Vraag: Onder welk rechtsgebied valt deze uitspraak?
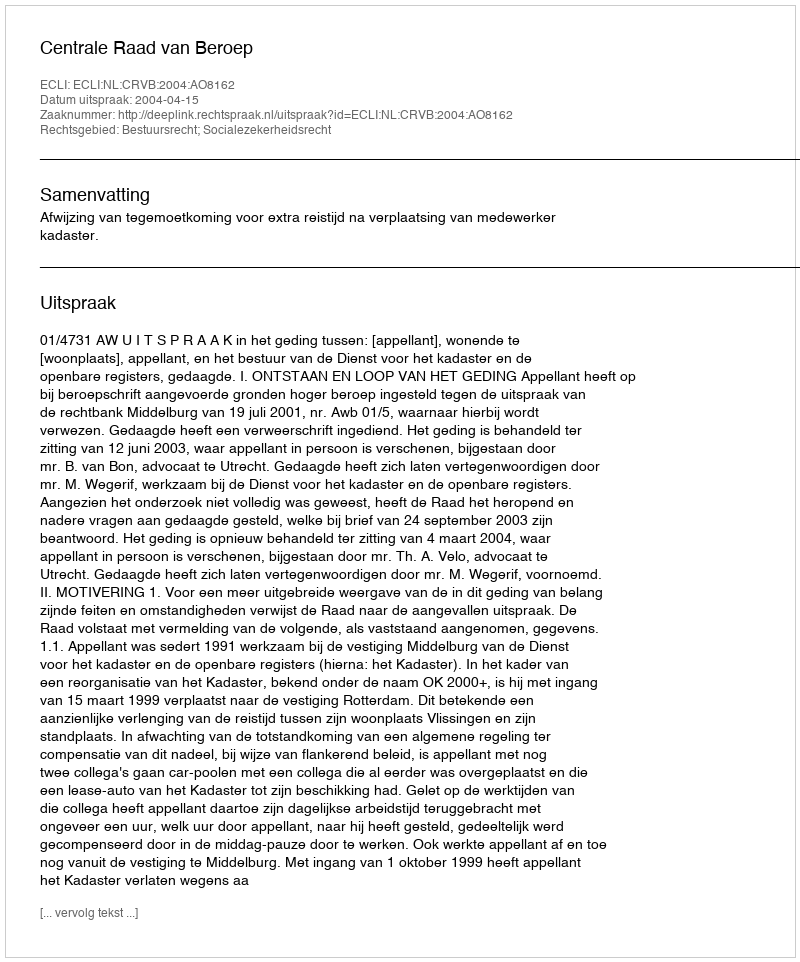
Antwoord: Bestuursrecht; Socialezekerheidsrecht